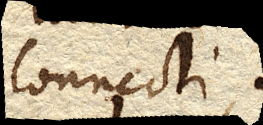
connecti.